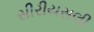
સીરીયસલી